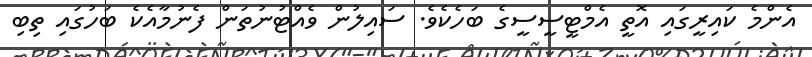
އެންމެ ކައިރީގައި އޮތީ އެމްޓީސީސީގެ ބަހެކެވެ. ސައިލުން ވެއްޓުނުތަން ފެނުމާއެކެ ބަހުގައި ތިބި